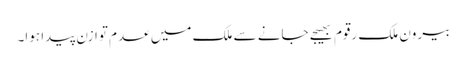
بیرون ملک رقوم بھیجے جانے سے ملک میں عدم توازن پیدا ہوا۔